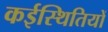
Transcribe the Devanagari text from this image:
कईस्थितियों